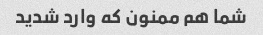
شما هم ممنون که وارد شدید